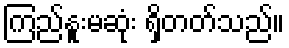
ကြည်နူးမဆုံး ရှိတတ်သည်။